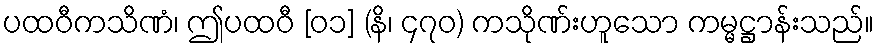
ပထဝီကသိဏံ၊ ဤပထဝီ [၀၁] (နိ၊ ၄၇၀) ကသိုဏ်းဟူသော ကမ္မဋ္ဌာန်းသည်။